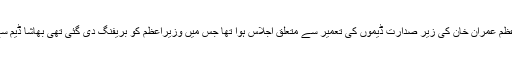
واضح رہے کہ اس سے قبل وزیراعظم عمران خان کی زیر صدارت ڈیموں کی تعمیر سے متعلق اجلاس ہوا تھا جس میں وزیراعظم کو بریفنگ دی گئی تھی بھاشا ڈیم سے متعلق امور کو حل کرلیا گیا ہے۔